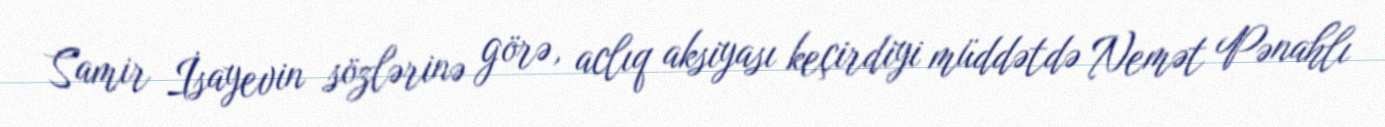
Samir İsayevin sözlərinə görə, aclıq aksiyası keçirdiyi müddətdə Nemət Pənahlı